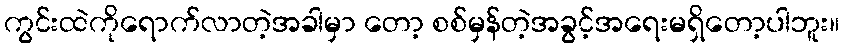
ကွင်းထဲကိုရောက်လာတဲ့အခါမှာ တော့ စစ်မှန်တဲ့အခွင့်အရေးမရှိတော့ပါဘူး။